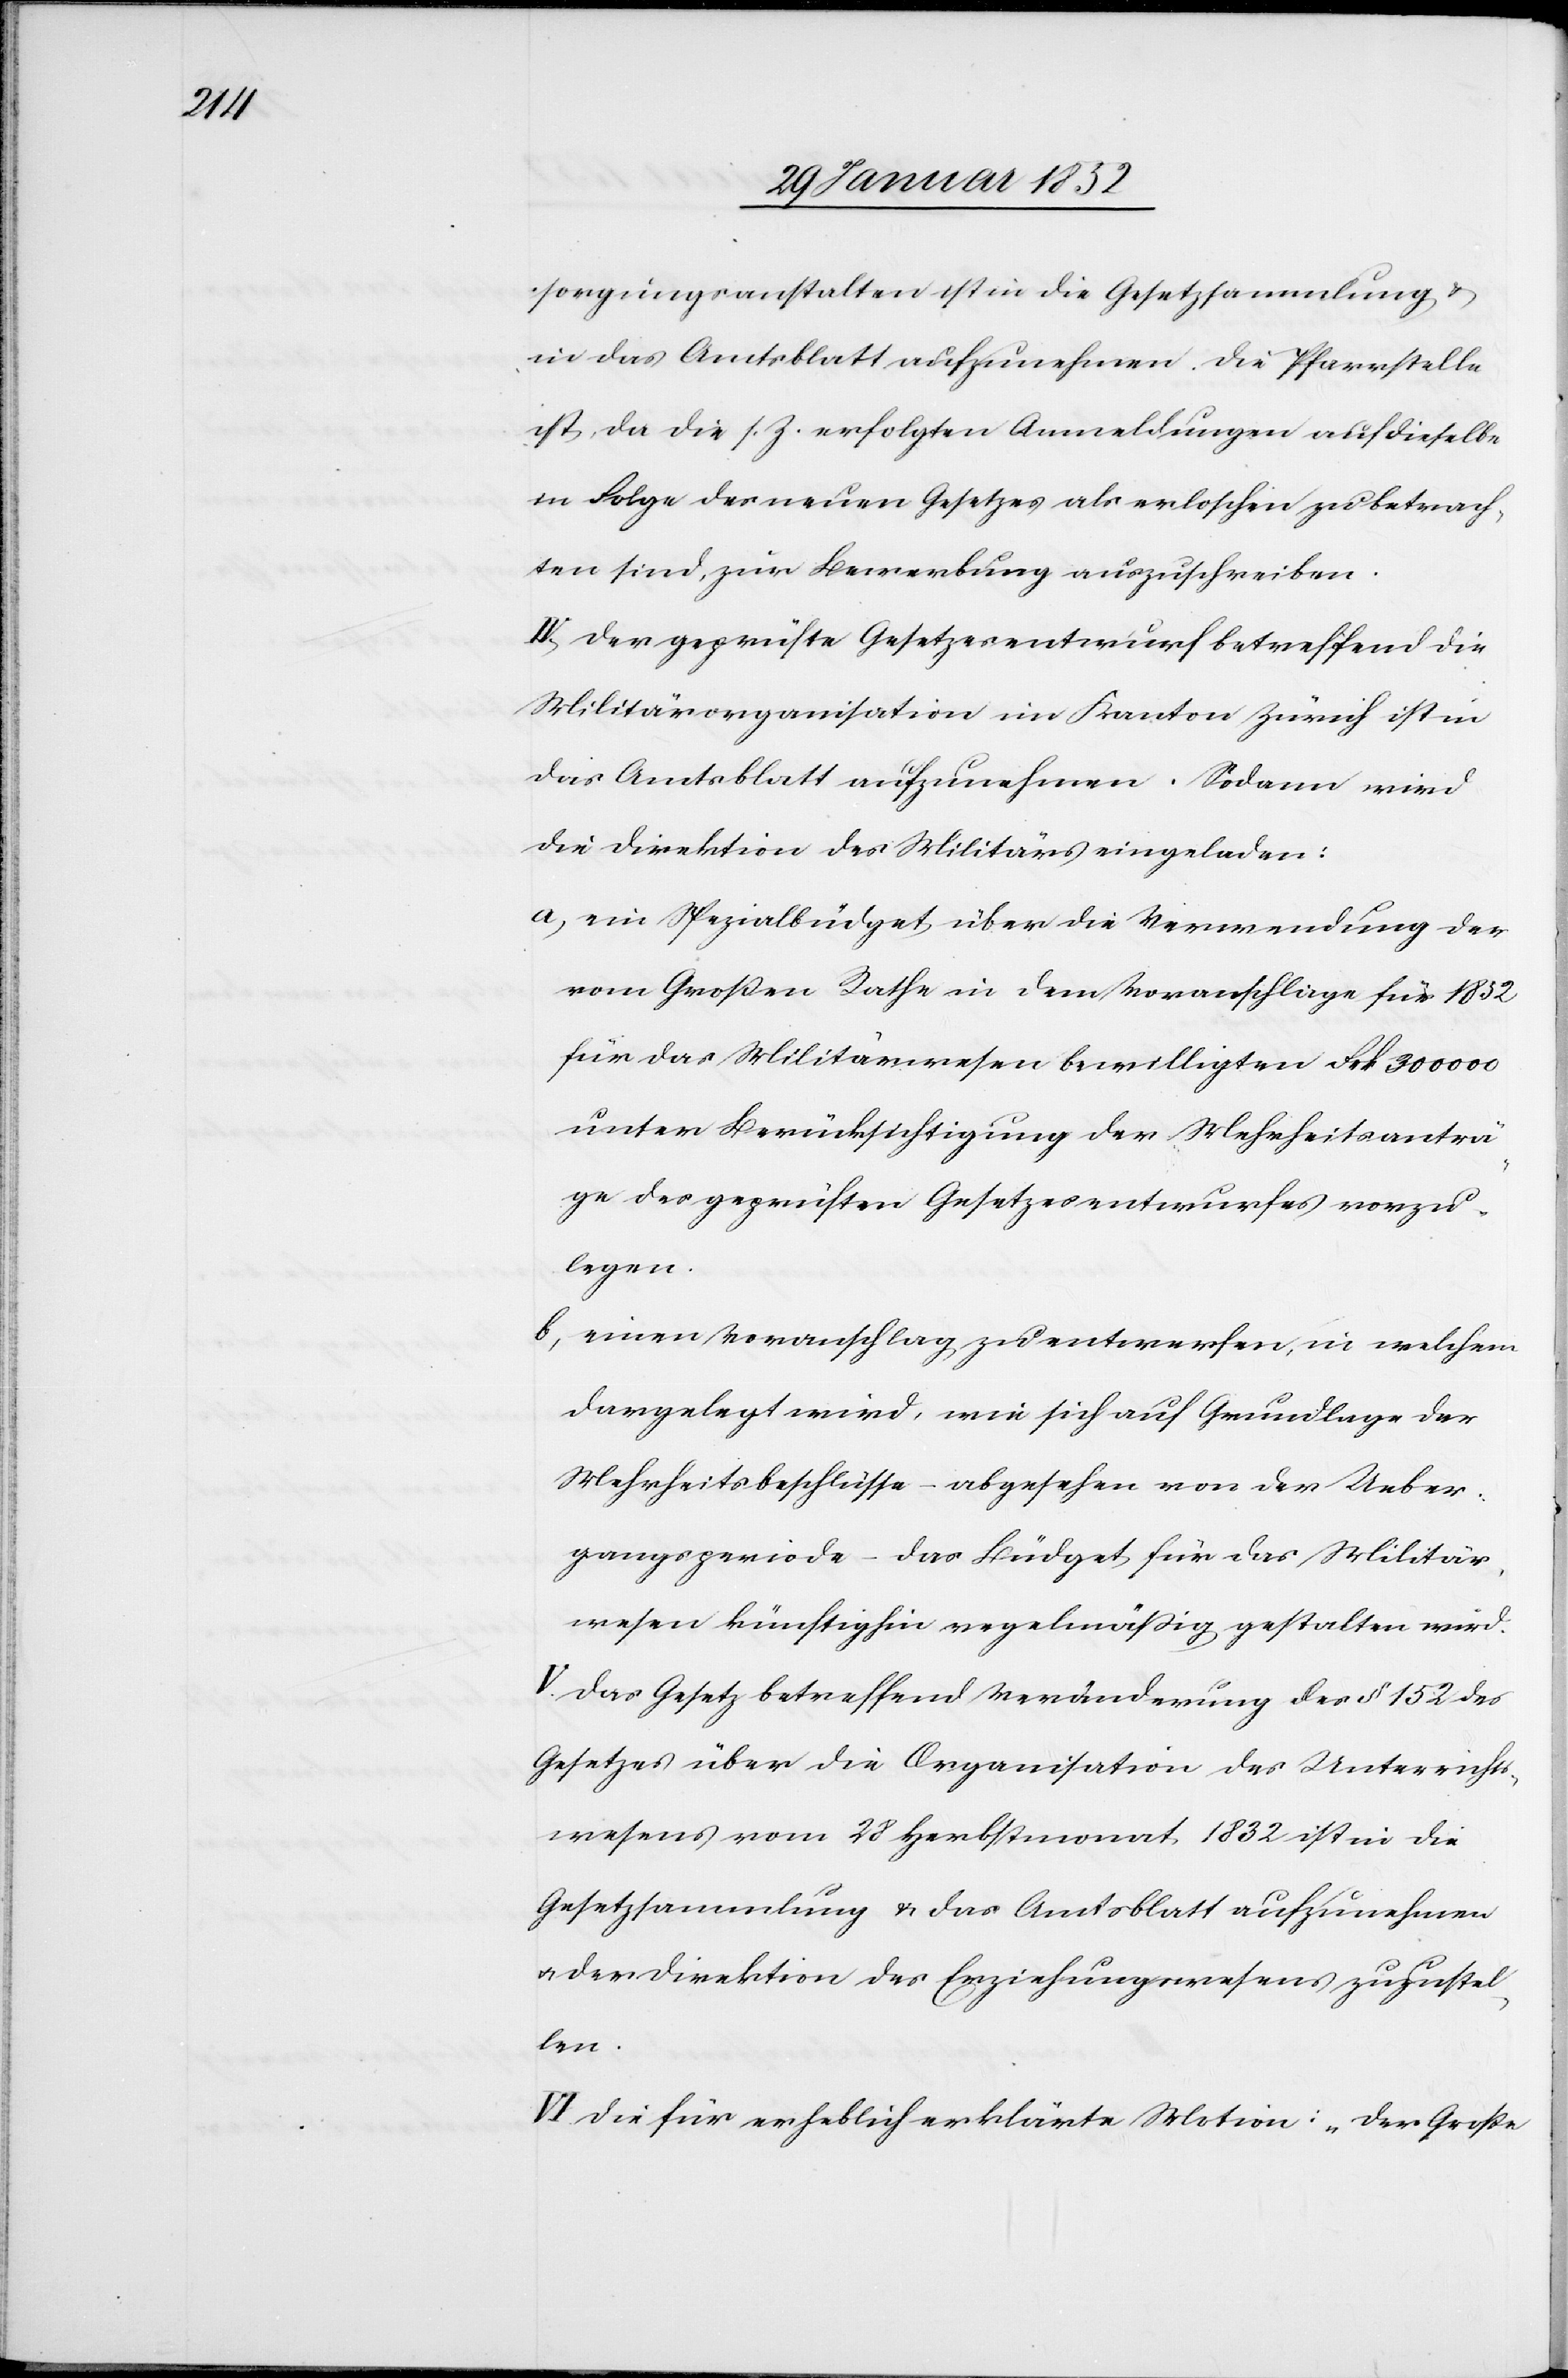
sorgungsanstalten ist in die Gesetzsammlung u.
in das Amtsblatt aufzunehmen. Die Pfarrstelle
ist, da die s. Z. erfolgten Anmeldungen auf dieselbe
in Folge des neuen Gesetzes als erloschen zu betrach¬
ten sind, zur Bewerbung auszuschreiben.
IV. Der geprüfte Gesetzesentwurf betreffend die
Militärorganisation im Kanton Zürich ist in
das Amtsblatt aufzunehmen. Sodann wird
die Direktion des Militärs eingeladen:
a) ein Spezialbüdget über die Verwendung der
vom Großen Rathe in dem Voranschlage für 1852
für das Militärwesen bewilligten Frk. 300 000
unter Berücksichtigung der Mehrheitsanträ¬
ge des geprüften Gesetzesentwurfes vorzu¬
legen.
b) einen Voranschlag zu entwerfen, in welchem
dargelegt wird, wie sich auf Grundlage der
Mehrheitsbeschlüsse – abgesehen von der Ueber¬
gangsperiode – das Büdget für das Militär¬
wesen künftighin regelmäßig gestalten wird.
V. Das Gesetz betreffend Veränderung des § 152 des
Gesetzes über die Organisation des Unterrichts¬
wesens vom 28 Herbstmonat 1832 ist in die
Gesetzsammlung u. das Amtsblatt aufzunehmen
u. der Direktion des Erziehungswesens zuzustel¬
len.
VI. Die für erheblich erklärte Motion: „Der Große